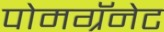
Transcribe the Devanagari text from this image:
पोमग्रॅनेट